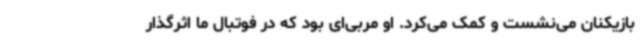
بازیکنان می‌نشست و کمک می‌کرد. او مربی‌ای بود که در فوتبال ما اثرگذار